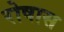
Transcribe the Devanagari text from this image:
रोषास